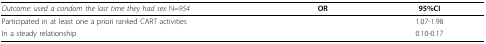
<table><thead><tr><td><b><i>Outcome: used a condom the last time they had sex</i> N=<i>954</i></b></td><td><b>OR</b></td><td><b>95%CI</b></td></tr></thead><tbody><tr><td>Participated in at least one a priori ranked CART activities</td><td>[EMPTY_CELL]</td><td>1.07-1.98</td></tr><tr><td>In a steady relationship</td><td>[EMPTY_CELL]</td><td>0.10-0.17</td></tr></tbody></table>